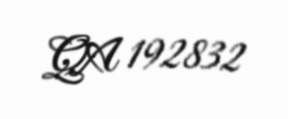
QA 192832